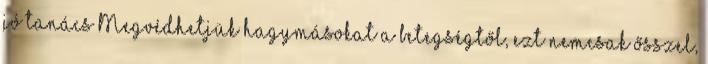
jó tanács Megvédhetjük hagymásokat a betegségtől, ezt nemcsak ősszel,